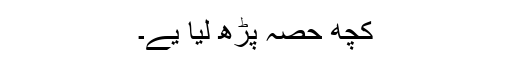
کچھ حصہ پڑھ لیا یے۔